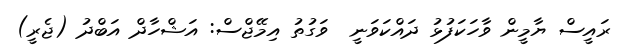
ރައީސް ޔާމީން ވާހަކަފުޅު ދައްކަވަނީ  ވަގުތު އިމޭޖްސް: އަޝްހާދް އަބްދު (ޖެރީ)